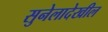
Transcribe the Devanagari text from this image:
सुनेलादेखील